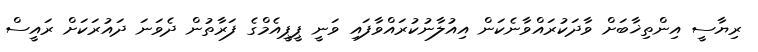
ރިޔާސީ އިންތިޚާބަށް ވާދަކުރައްވާނެކަން އިއުލާނުކުރައްވާފައި ވަނީ ޕީޕީއެމްގެ ފަރާތުން ދެވަނަ ދައުރަކަށް ރައީސް